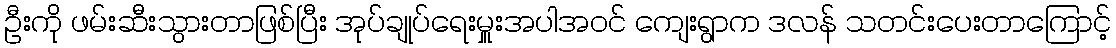
ဦးကို ဖမ်းဆီးသွားတာဖြစ်ပြီး အုပ်ချုပ်ရေးမှူးအပါအဝင် ကျေးရွာက ဒလန် သတင်းပေးတာကြောင့်